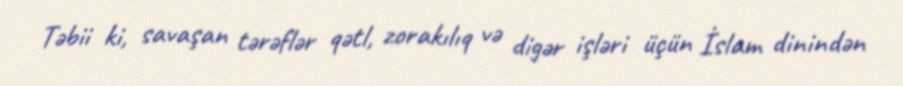
Təbii ki, savaşan tərəflər qətl, zorakılıq və digər işləri üçün İslam dinindən